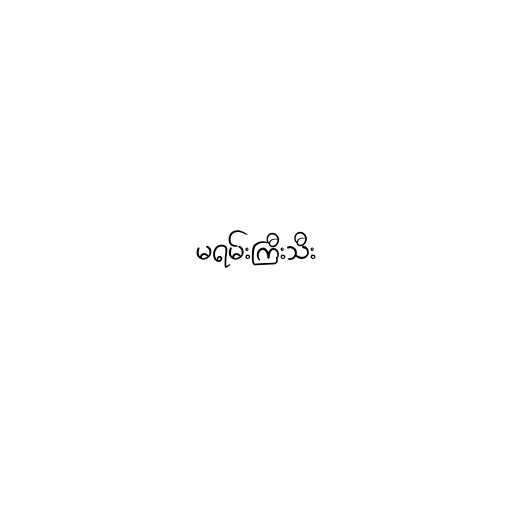
မရမ်းကြီးသီး